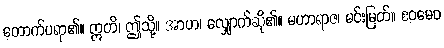
တောက်ပရာ၏။ ဣတိ၊ ဤသို့။ အာဟ၊ လျှောက်ဆို၏။ မဟာရာဇ၊ မင်းမြတ်။ ဧဝမေဝ